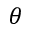
\theta